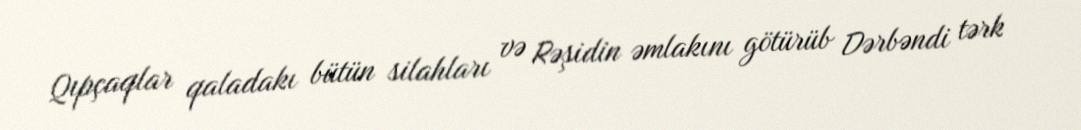
Qıpçaqlar qaladakı bütün silahları və Rəşidin əmlakını götürüb Dərbəndi tərk